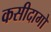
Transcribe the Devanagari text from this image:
कसीदागो